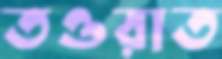
তওরাত